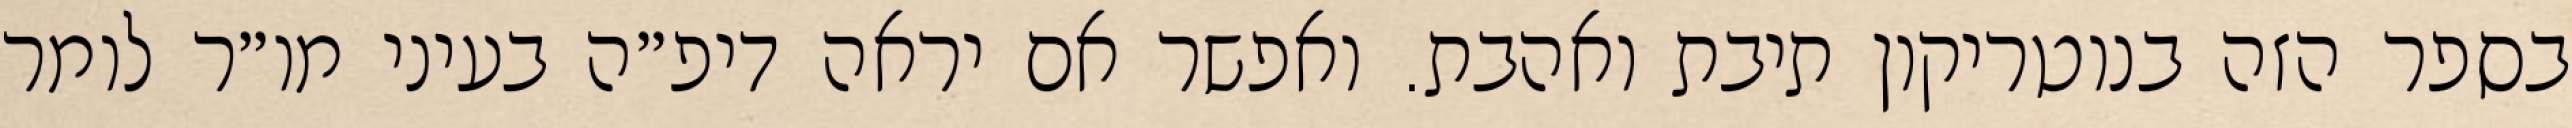
בספר הזה בנוטריקון תיבת ואהבת. ואפשר אם יראה דיפ״ה בעיני מו״ר לומר